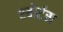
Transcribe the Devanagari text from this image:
एबोर्टस